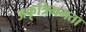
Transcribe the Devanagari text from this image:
अकृत्रिममता